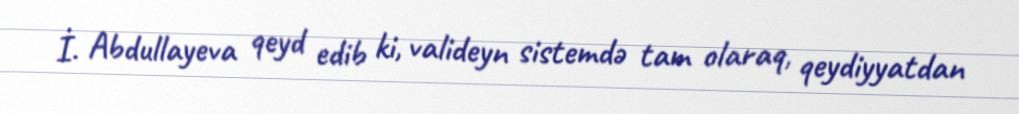
İ. Abdullayeva qeyd edib ki, valideyn sistemdə tam olaraq, qeydiyyatdan